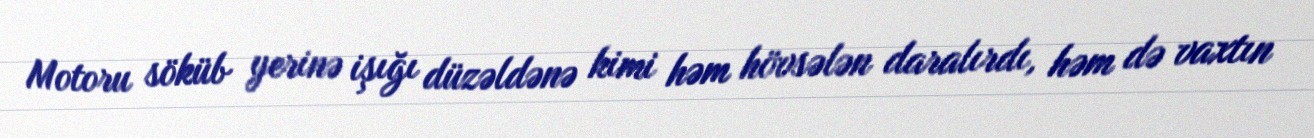
Motoru söküb yerinə işığı düzəldənə kimi həm hövsələn daralırdı, həm də vaxtın